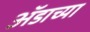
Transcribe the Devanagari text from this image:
ॲडाच्या